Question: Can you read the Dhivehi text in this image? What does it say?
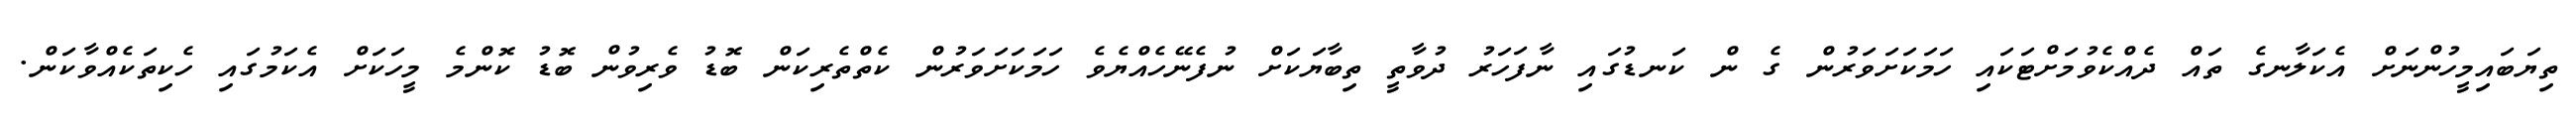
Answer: ތިޔަބައިމީހުންނަށް އެކަލާނގެ ތައް ދެއްކެވުމަށްޓަކައި ހަމަކަށަވަރުން ގެ ން ކަނޑުގައި ނާފަހަރު ދުވާތީ ތިބާޔަކަށް ނުފެނޭހެއްޔެވެ ހަމަކަށަވަރުން ކެތްތެރިކަން ބޮޑު ވެރިވުން ބޮޑު ކޮންމެ މީހަކަށް އެކަމުގައި ހެކިތަކެއްވާކަން.